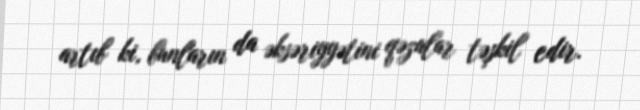
artıb ki, bunların da əksəriyyətini qəzalar təşkil edir.